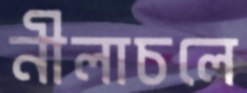
নীলাচলে